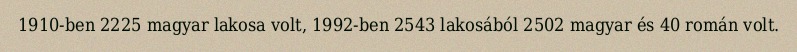
1910-ben 2225 magyar lakosa volt, 1992-ben 2543 lakosából 2502 magyar és 40 román volt.